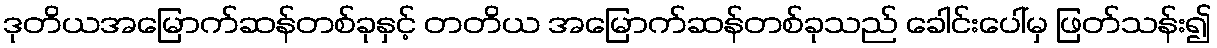
ဒုတိယအမြောက်ဆန်တစ်ခုနှင့် တတိယ အမြောက်ဆန်တစ်ခုသည် ခေါင်းပေါ်မှ ဖြတ်သန်း၍